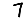
Digit: 7